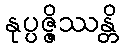
နုပ္ပဇ္ဇိဿန္တိ